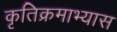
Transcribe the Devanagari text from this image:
कृतिक्रमाभ्यास